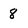
Character: 8